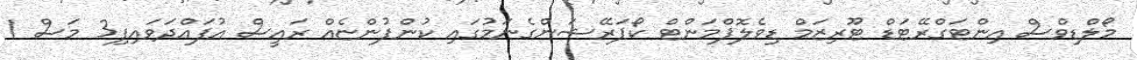
މޯލްޑިވްސް އިންޓަގްރޭޓަޑް ޓޫރިޒަމް ޑިވެލޮޕްމަންޓް ކޯޕަރޭޝަންގެނަމުގައި ކުންފުންޏެއް ރައީސް އުފައްދަވައިފި3 މަސް 1